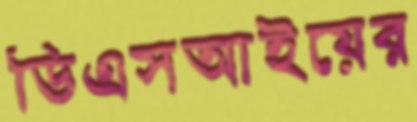
ডিএসআইয়ের